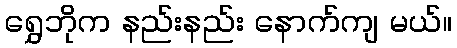
ရွှေဘိုက နည်းနည်း နောက်ကျ မယ်။